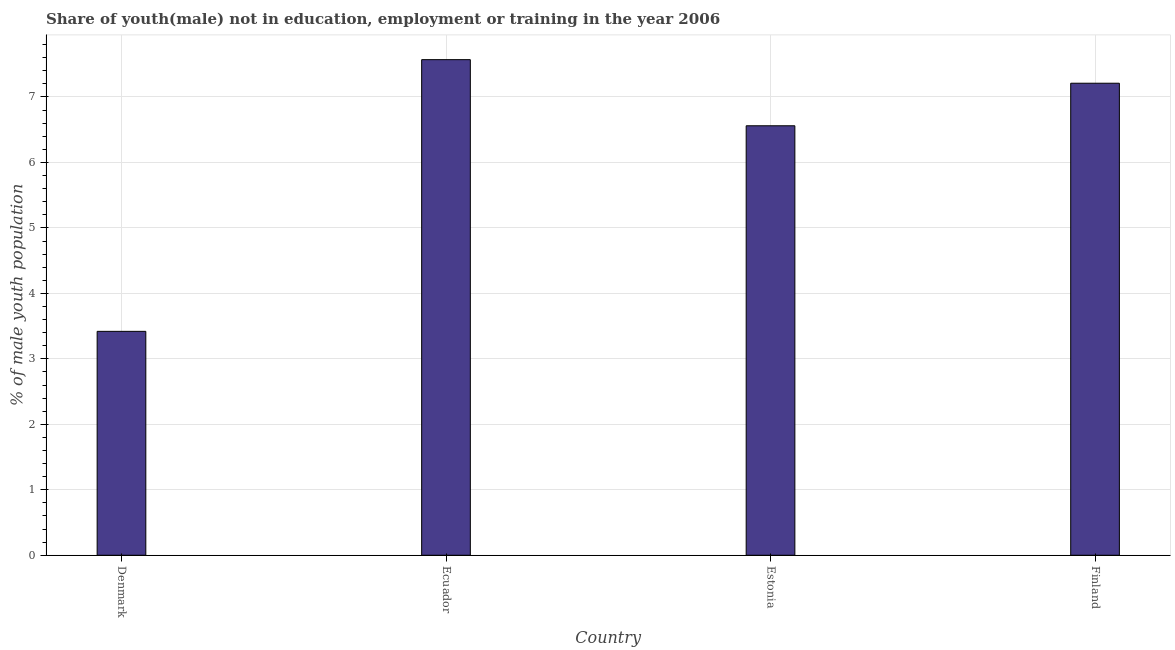
| Country | Unemployed(male) |
 | --- | --- |
 | Denmark | 3.42 |
 | Ecuador | 7.57 |
 | Estonia | 6.56 |
 | Finland | 7.21 |